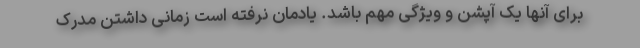
برای آنها یک آپشن و ویژگی مهم باشد. یادمان نرفته است زمانی داشتن مدرک